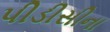
પીડીસીના